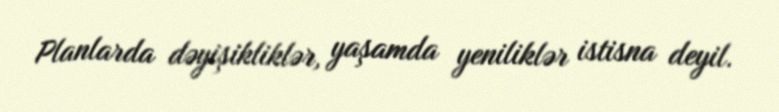
Planlarda dəyişikliklər, yaşamda yeniliklər istisna deyil.